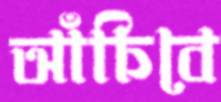
আঁচিবে